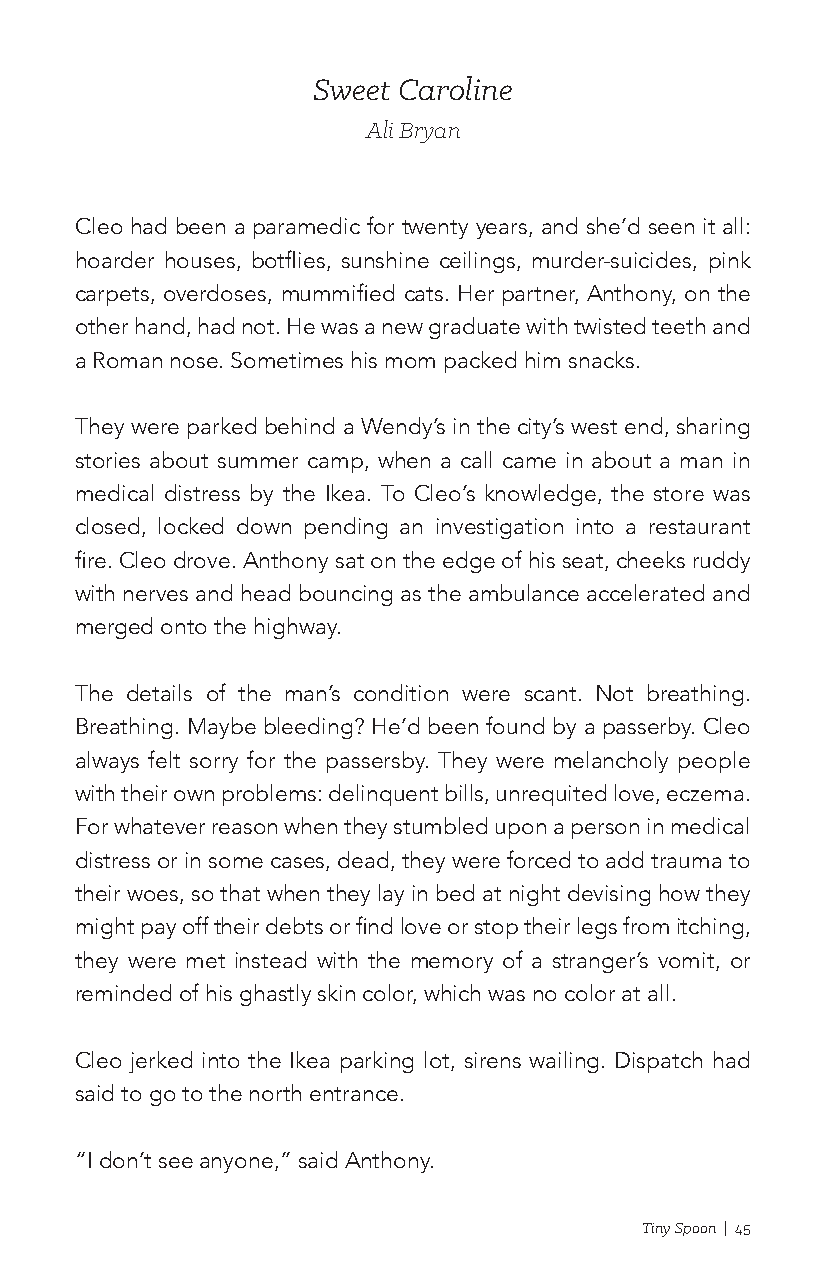
Sweet Caroline
 Ali Bryan
 Cleo had been a paramedic for twenty years, and she’d seen it all:
 hoarder houses, botflies, sunshine ceilings, murder-suicides, pink
 carpets, overdoses, mummified cats. Her partner, Anthony, on the
 other hand, had not. He was a new graduate with twisted teeth and
 a Roman nose. Sometimes his mom packed him snacks.
 They were parked behind a Wendy’s in the city’s west end, sharing
 stories about summer camp, when a call came in about a man in
 medical distress by the Ikea. To Cleo’s knowledge, the store was
 closed, locked down pending an investigation into a restaurant
 fire. Cleo drove. Anthony sat on the edge of his seat, cheeks ruddy
 with nerves and head bouncing as the ambulance accelerated and
 merged onto the highway.
 The details of the man’s condition were scant. Not breathing.
 Breathing. Maybe bleeding? He’d been found by a passerby. Cleo
 always felt sorry for the passersby. They were melancholy people
 with their own problems: delinquent bills, unrequited love, eczema.
 For whatever reason when they stumbled upon a person in medical
 distress or in some cases, dead, they were forced to add trauma to
 their woes, so that when they lay in bed at night devising how they
 might pay off their debts or find love or stop their legs from itching,
 they were met instead with the memory of a stranger’s vomit, or
 reminded of his ghastly skin color, which was no color at all.
 Cleo jerked into the Ikea parking lot, sirens wailing. Dispatch had
 said to go to the north entrance.
 “I don’t see anyone,” said Anthony.
 Tiny Spoon | 45